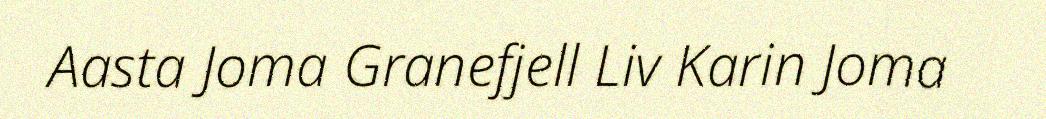
Aasta Joma Granefjell Liv Karin Joma